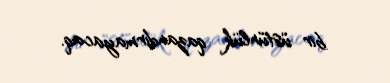
bir üstünlük qazandırmayacaq.